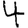
Digit: 4